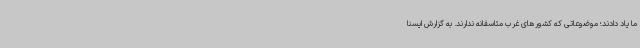
ما یاد دادند؛ موضوعاتی که کشورهای غرب متاسفانه ندارند. به گزارش ایسنا